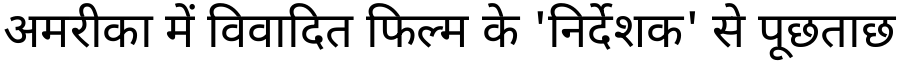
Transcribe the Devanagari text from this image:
अमरीका में विवादित फिल्म के 'निर्देशक' से पूछताछ